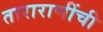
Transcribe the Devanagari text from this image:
ताराराणींची